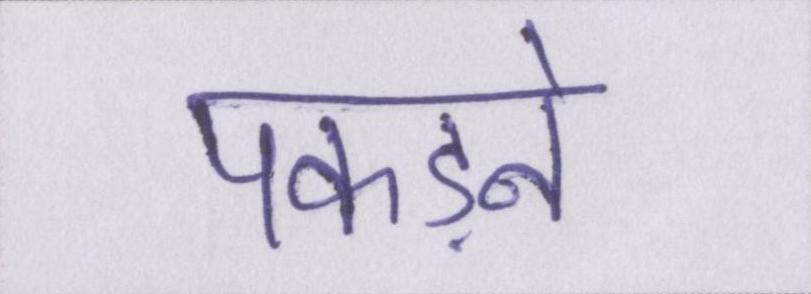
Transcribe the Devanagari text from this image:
पकड़ने